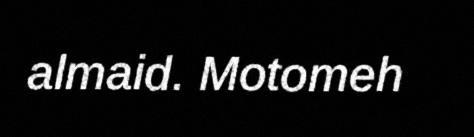
almaid. Motomeh